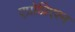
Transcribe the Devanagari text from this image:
एप्रोप्रिएश्न